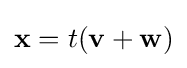
\mathbf {x} =t(\mathbf {v} +\mathbf {w} )